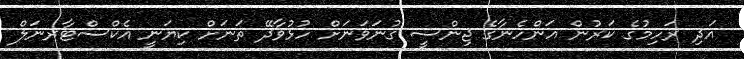
އަދި ރަހިމުގެ ކަރުން އަންހެނާގެ ޖިންސީ ގުނަވަނަށް ހުޅުވާދޭ ތަނަށް ކިޔަނީ އެކްސްޓާރނަލް